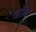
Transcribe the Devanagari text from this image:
आलिमे